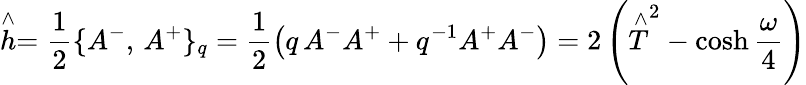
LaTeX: \stackrel{\wedge}{h}=\frac{1}{2}\{ A^{-},\, A^{+}\} _{q}=\frac{1}{2}\left(q\, A^{-}A^{+}+q^{-1}A^{+}A^{-}\right)=2\left(\stackrel{\wedge}{T}^{2}-\cosh\frac{\omega}{4}\right)